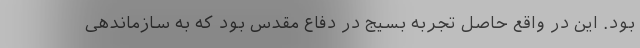
بود. این در واقع حاصل تجربه بسیج در دفاع مقدس بود که به سازماندهی